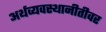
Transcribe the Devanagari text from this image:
अर्थव्यवस्थानीतीवर